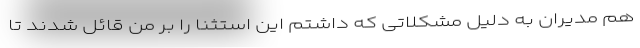
هم مدیران به دلیل مشکلاتی که داشتم این استثنا را بر من قائل شدند تا